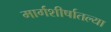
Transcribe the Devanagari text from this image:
मार्गशीर्षातल्या